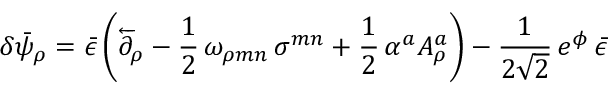
\delta \bar { \psi } _ { \rho } = \bar { \epsilon } \left( \overleftarrow { \partial } _ { \rho } - \frac { 1 } { 2 } \, \omega _ { \rho m n } \, \sigma ^ { m n } + \frac { 1 } { 2 } \, \alpha ^ { a } A _ { \rho } ^ { a } \right) - \frac { 1 } { 2 \sqrt { 2 } } \, e ^ { \phi } \, \bar { \epsilon }